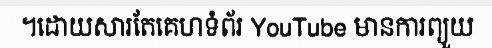
។ដោយសារតែគេហទំព័រ YouTube មានការព្យួយ